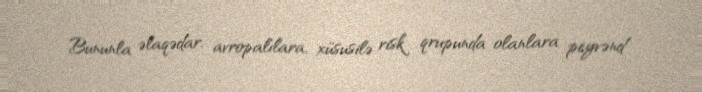
Bununla əlaqədar, avropalılara, xüsusilə risk qrupunda olanlara peyvənd